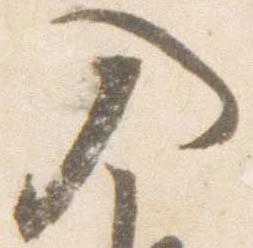
入